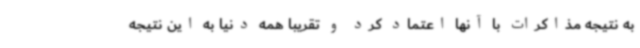
به نتیجه مذاکرات با آنها اعتماد کرد و تقریباً همه دنیا به این نتیجه